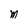
Character: M